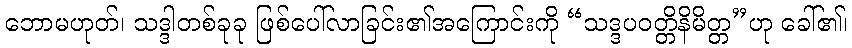
ဘောမဟုတ်၊ သဒ္ဒါတစ်ခုခု ဖြစ်ပေါ်လာခြင်း၏အကြောင်းကို “သဒ္ဒပဝတ္တိနိမိတ္တ”ဟု ခေါ်၏၊